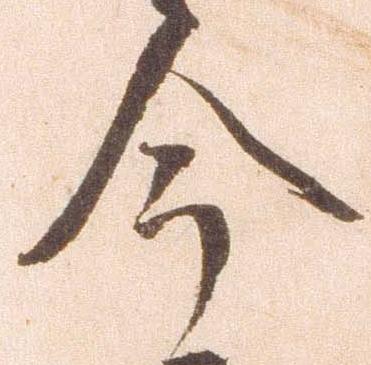
今